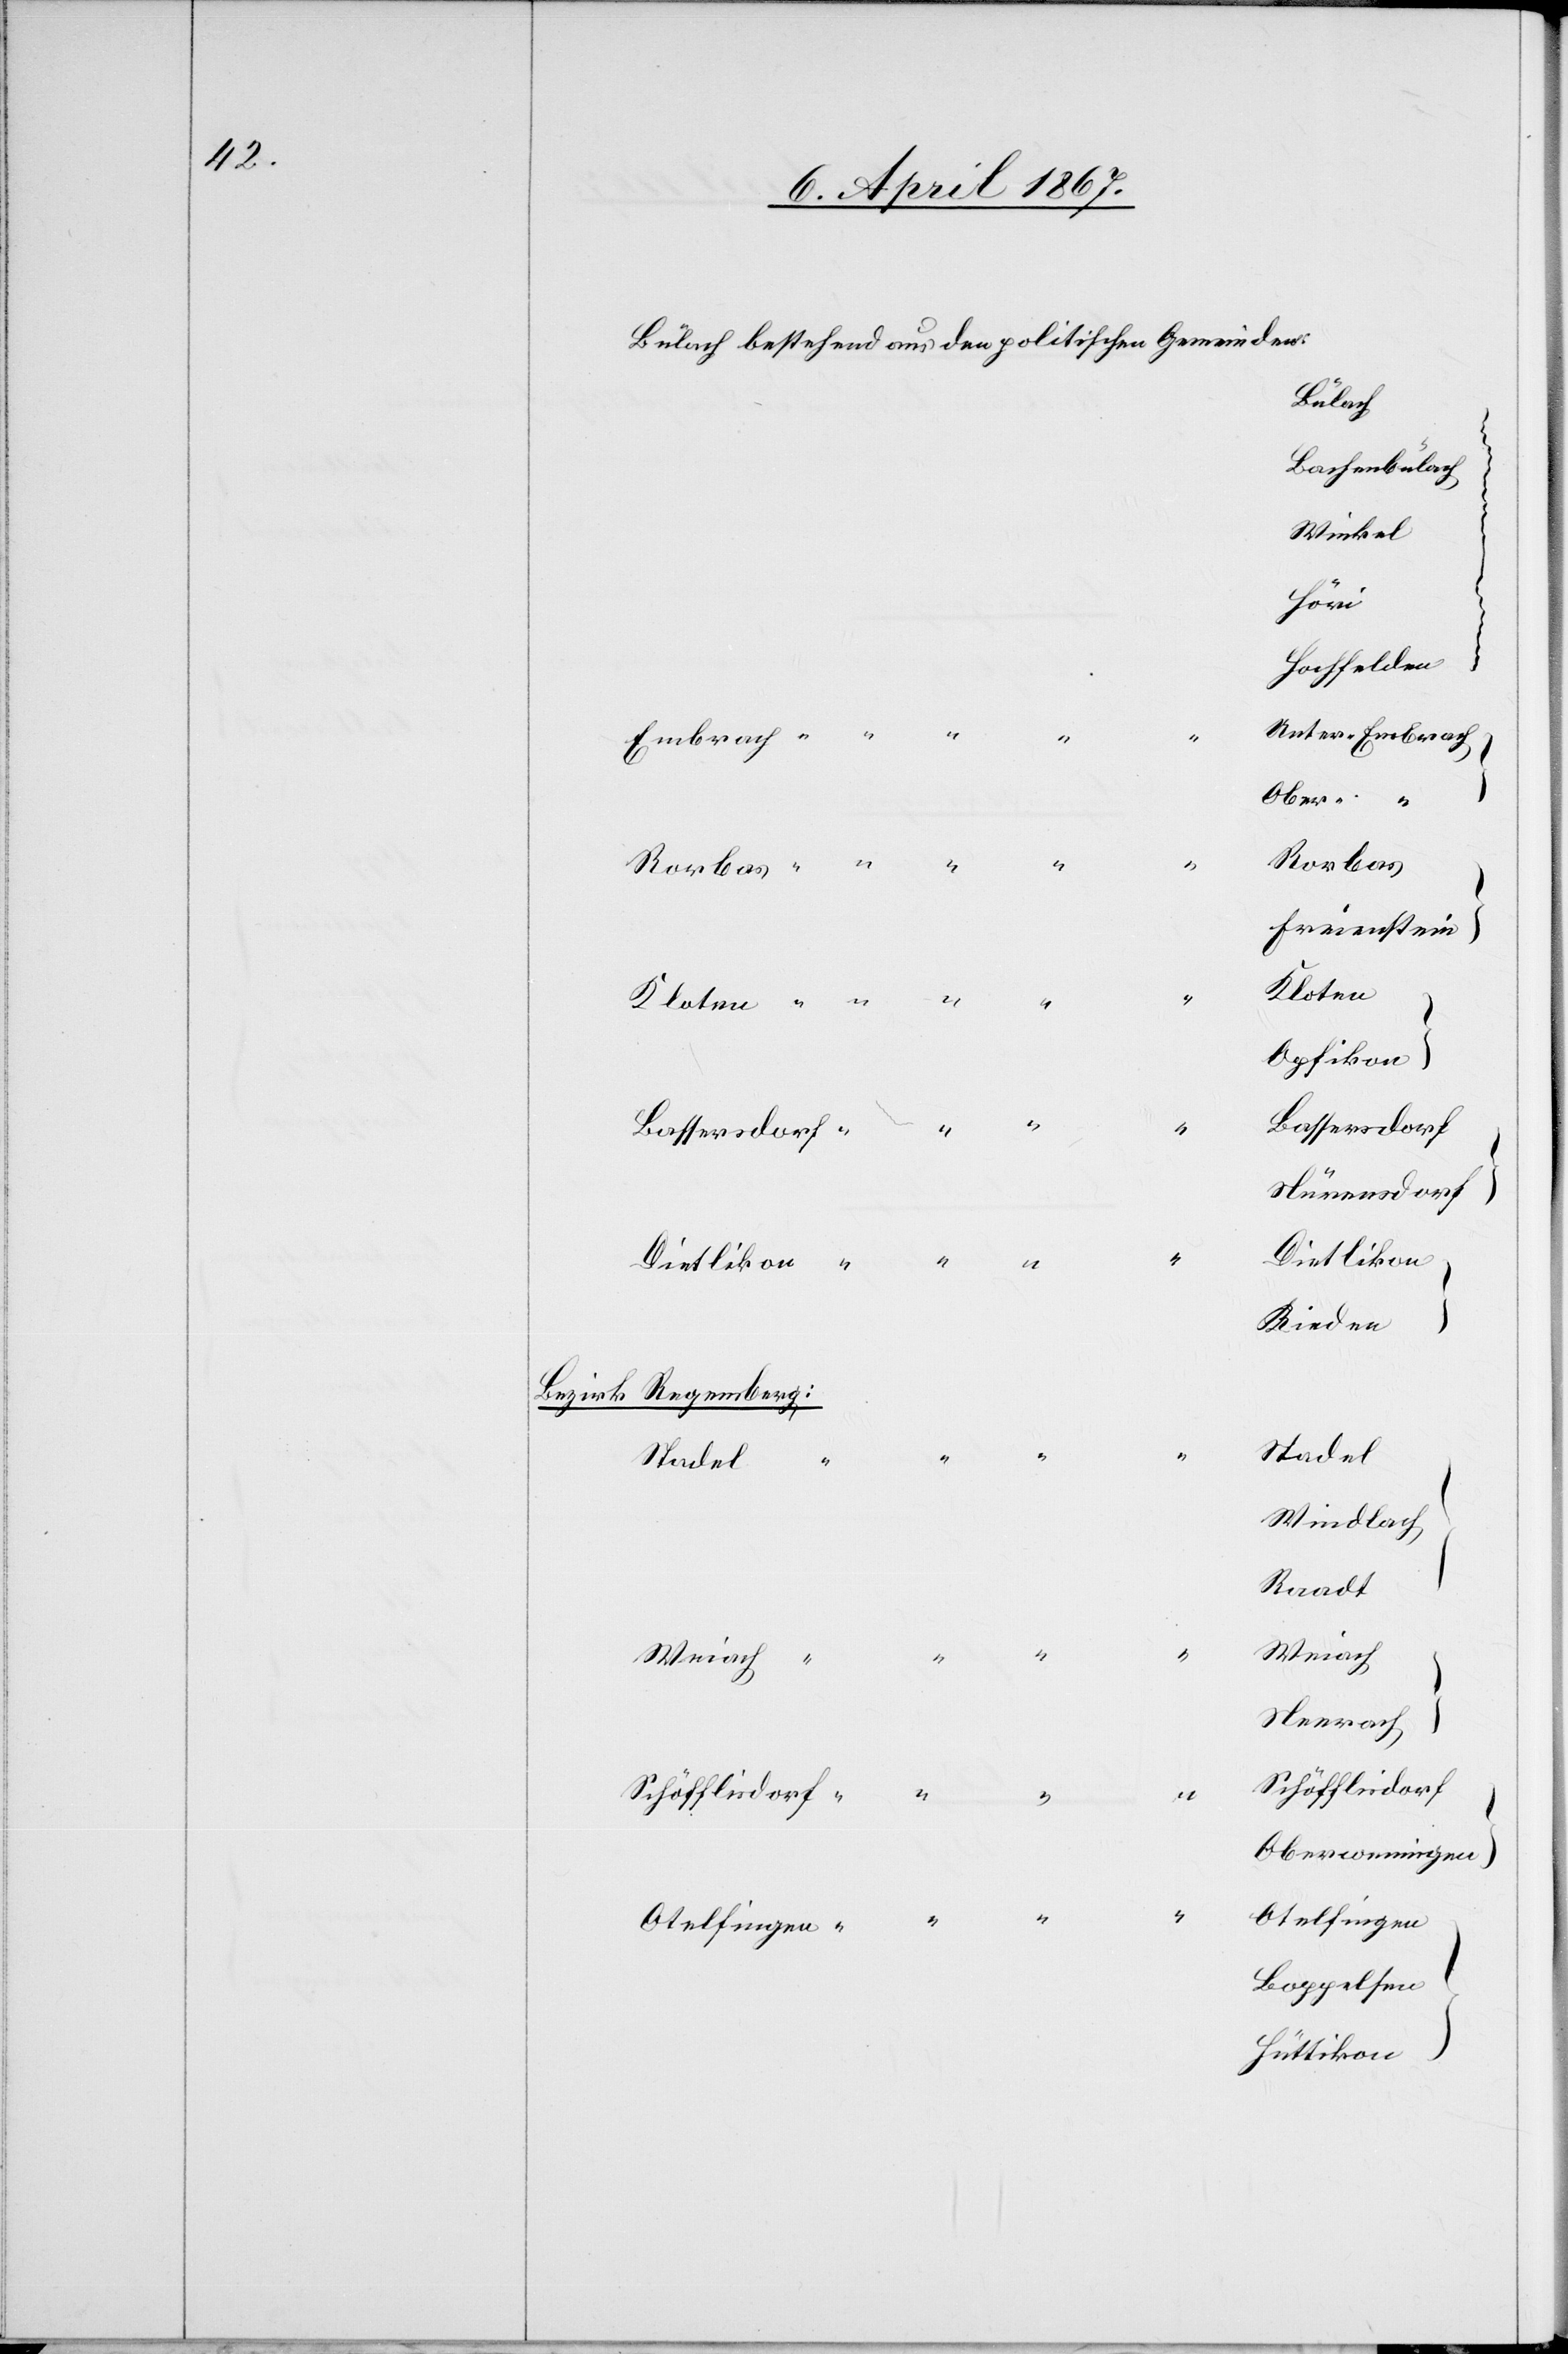
Bülach
Bachenbülach
Winkel
Höri
Hochfelden
Unter-Embrach
Ober- “
Rorbas
Freienstein
Kloten
Opfikon
Bassersdorf
“
Bassersdorf
Männedorf
Dietlikon
“
Dietlikon
Rieden
Bezirk Regensberg:
Stadel
Stadel
Windlach
Raadt
Weiach
Neerach
Schöfflisdorf
Schöfflisdorf
Oberweningen
Otelfingen
Boppelsen
Hüttikon